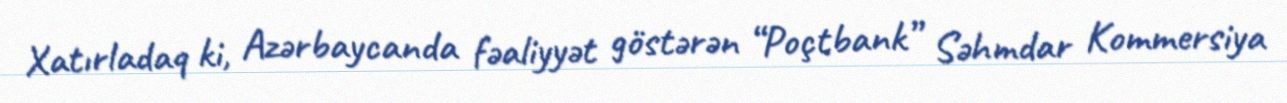
Xatırladaq ki, Azərbaycanda fəaliyyət göstərən “Poçtbank” Səhmdar Kommersiya